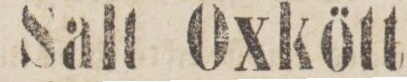
Salt Oxkött